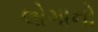
લોગાનો